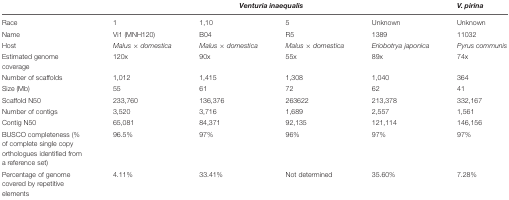
<table><thead><tr><td></td><td colspan="4"><b><i>Venturia inaequalis</i></b></td><td><b><i>V. pirina</i></b></td></tr></thead><tbody><tr><td>Race</td><td>1</td><td>1,10</td><td>5</td><td>Unknown</td><td>Unknown</td></tr><tr><td>Name</td><td>Vi1 (MNH120)</td><td>B04</td><td>R5</td><td>1389</td><td>11032</td></tr><tr><td>Host</td><td><i>Malus</i> × <i>domestica</i></td><td><i>Malus</i> × <i>domestica</i></td><td><i>Malus</i> × <i>domestica</i></td><td><i>Eriobotrya japonica</i></td><td><i>Pyrus communis</i></td></tr><tr><td>Estimated genome coverage</td><td>120x</td><td>90x</td><td>55x</td><td>89x</td><td>74x</td></tr><tr><td>Number of scaffolds</td><td>1,012</td><td>1,415</td><td>1,308</td><td>1,040</td><td>364</td></tr><tr><td>Size (Mb)</td><td>55</td><td>61</td><td>72</td><td>62</td><td>41</td></tr><tr><td>Scaffold N50</td><td>233,760</td><td>136,376</td><td>263622</td><td>213,378</td><td>332,167</td></tr><tr><td>Number of contigs</td><td>3,520</td><td>3,716</td><td>1,689</td><td>2,557</td><td>1,561</td></tr><tr><td>Contig N50</td><td>65,081</td><td>84,371</td><td>92,135</td><td>121,114</td><td>146,156</td></tr><tr><td>BUSCO completeness (% of complete single copy orthologues identified from a reference set)</td><td>96.5%</td><td>97%</td><td>96%</td><td>97%</td><td>97%</td></tr><tr><td>Percentage of genome covered by repetitive elements</td><td>4.11%</td><td>33.41%</td><td>Not determined</td><td>35.60%</td><td>7.28%</td></tr></tbody></table>